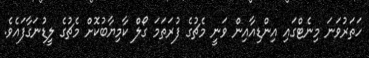
ހަތަރުވަނަ މިނެޓްގައި އިންޑިއާއިން ވަނީ މެޗުގެ ފުރަތަމަ ގޯލް ކާމިޔާބުކޮށް މެޗުގެ ލީޑުނަގާފައެވެ.